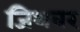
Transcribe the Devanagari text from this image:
जिथवर